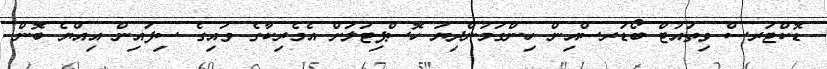
ޑޮކްޓަރސް ވިތައުޓް ބޯޑަރސްއިން ހިންގަމުންދިޔަ ހޮސްޕިޓަލަށް އެމެރިކާގެ ވައިގެ ސިފައިން އިއްޔެ ބޮން